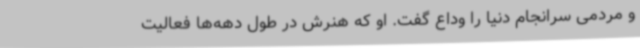
و مردمی سرانجام دنیا را وداع گفت. او که هنرش در طول دهه‌ها فعالیت